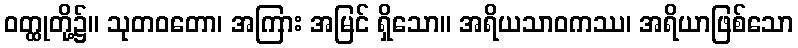
ဝတ္ထုတို့၌။ သုတဝတော၊ အကြား အမြင် ရှိသော။ အရိယသာဝကဿ၊ အရိယာဖြစ်သော